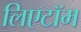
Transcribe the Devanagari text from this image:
लिएटॉम